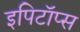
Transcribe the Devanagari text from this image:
इपिटॉप्स